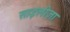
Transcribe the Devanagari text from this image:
साइलीज़ा